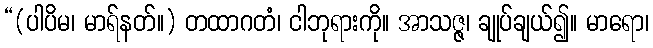
“(ပါပိမ၊ မာရ်နတ်။) တထာဂတံ၊ ငါဘုရားကို။ အာသဇ္ဇ၊ ချုပ်ချယ်၍။ မာရော၊